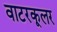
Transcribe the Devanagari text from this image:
वाटरकूलर